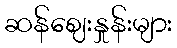
ဆန်ဈေးနှုန်းများ